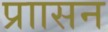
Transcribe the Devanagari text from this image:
प्राासन